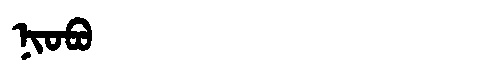
Manchu: ᠨᡳᠣᠪᠣ
Romanization: NIOBO